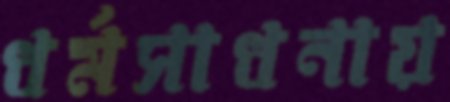
ধর্মসাধনায়